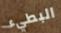
البطيء